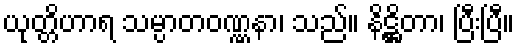
ယုတ္တိဟာရ သမ္ပာတဝဏ္ဏနာ၊ သည်။ နိဋ္ဌိတာ၊ ပြီးပြီ။